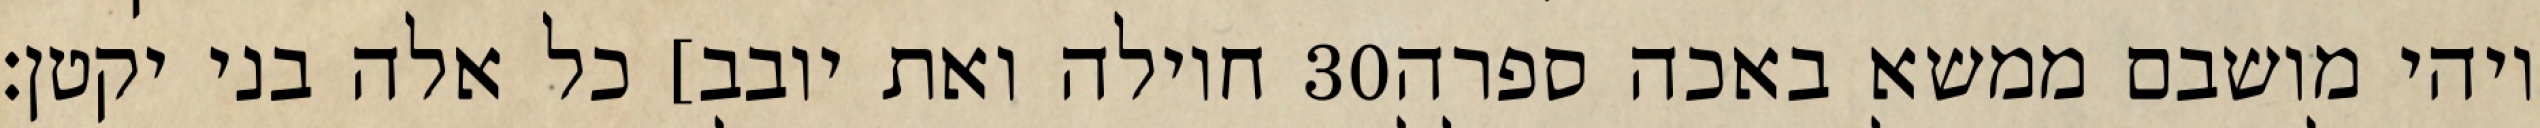
חוילה ואת יובב] כל אלה בני יקטן׃ ‎30‏ ויהי מושבם ממשא באכה ספרה